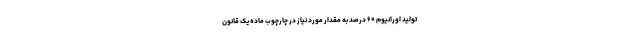
تولید اورانیوم ۶۰ درصد به مقدار مورد نیاز در چارچوب ماده یک قانون